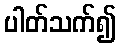
ပါတ်သက်၍